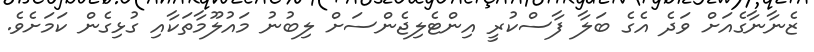
ޒެނާނާގެއަށް ވަދެ އެގެ ބަލާ ފާސްކުރީ އިންޓެލިޖެންސަށް ލިބުނު މައުލޫމާތަކާއި ގުޅިގެން ކަމަށެވެ.